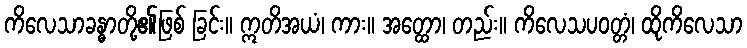
ကိလေသာခန္ဓာတို့၏ဖြစ် ခြင်း။ ဣတိအယံ၊ ကား။ အတ္ထော၊ တည်း။ ကိလေသပဝတ္တံ၊ ထိုကိလေသာ